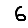
Digit: 6